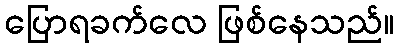
ပြောရခက်လေ ဖြစ်နေသည်။